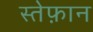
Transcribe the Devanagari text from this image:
स्तेफ़ान